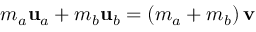
m _ { a } \mathbf { u } _ { a } + m _ { b } \mathbf { u } _ { b } = \left( m _ { a } + m _ { b } \right) \mathbf { v }